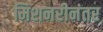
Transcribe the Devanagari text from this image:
मिशनरीनंतर